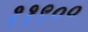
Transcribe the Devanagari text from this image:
११९००